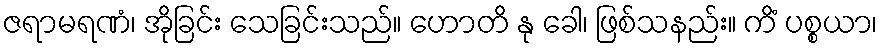
ဇရာမရဏံ၊ အိုခြင်း သေခြင်းသည်။ ဟောတိ နု ခေါ၊ ဖြစ်သနည်း။ ကိံ ပစ္စယာ၊